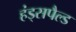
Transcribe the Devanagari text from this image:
हंड्सपैल्ड